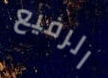
الرفيع